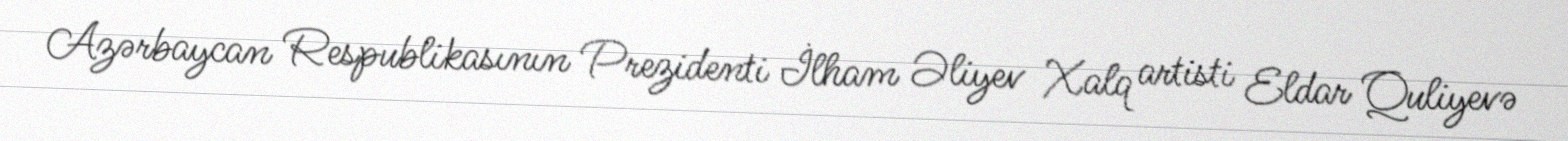
Azərbaycan Respublikasının Prezidenti İlham Əliyev Xalq artisti Eldar Quliyevə